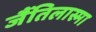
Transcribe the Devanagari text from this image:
जैंतिलास्मा